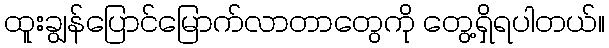
ထူးချွန်ပြောင်မြောက်လာတာတွေကို တွေ့ရှိရပါတယ်။